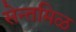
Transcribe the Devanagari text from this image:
सेन्तमिळ